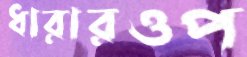
ধারারওপ